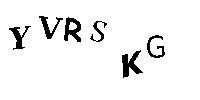
YVRSKG